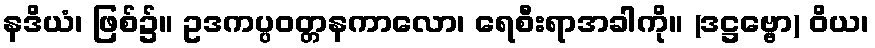
နဒိယံ၊ ဖြစ်၌။ ဥဒကပ္ပဝတ္တနကာလော၊ ရေစီးရာအခါကို။ (ဒဋ္ဌဗ္ဗော) ဝိယ၊